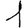
Digit: 1